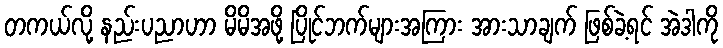
တကယ်လို့ နည်းပညာဟာ မိမိအဖို့ ပြိုင်ဘက်များအကြား အားသာချက် ဖြစ်ခဲ့ရင် အဲဒါကို